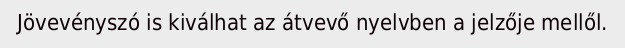
Jövevényszó is kiválhat az átvevő nyelvben a jelzője mellől.